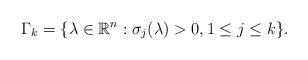
LaTeX: \begin{align*}\Gamma_k=\{\lambda\in \mathbb{R}^n:\sigma_j(\lambda)>0,1\leq j\leq k\}.\end{align*}